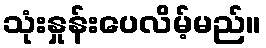
သုံးနှုန်းပေလိမ့်မည်။